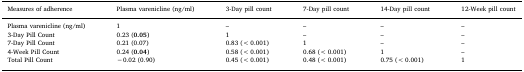
<table><thead><tr><td><b>Measures of adherence</b></td><td><b>Plasma varenicline (ng/ml)</b></td><td><b>3-Day pill count</b></td><td><b>7-Day pill count</b></td><td><b>14-Day pill count</b></td><td><b>12-Week pill count</b></td></tr></thead><tbody><tr><td>Plasma varenicline (ng/ml)</td><td>1</td><td>–</td><td>–</td><td>–</td><td>–</td></tr><tr><td>3-Day Pill Count</td><td>0.23 (<b>0.05</b>)</td><td>1</td><td>–</td><td>–</td><td>–</td></tr><tr><td>7-Day Pill Count</td><td>0.21 (0.07)</td><td>0.83 (&lt;0.001)</td><td>1</td><td>–</td><td>–</td></tr><tr><td>4-Week Pill Count</td><td>0.24 (<b>0.04</b>)</td><td>0.58 (&lt;0.001)</td><td>0.68 (&lt;0.001)</td><td>1</td><td>–</td></tr><tr><td>Total Pill Count</td><td>−0.02 (0.90)</td><td>0.45 (&lt;0.001)</td><td>0.48 (&lt;0.001)</td><td>0.75 (&lt;0.001)</td><td>1</td></tr></tbody></table>